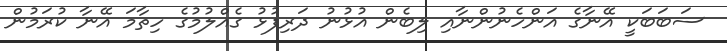
ސަބަބަކީ އޭނާގެ އަންހެނުންނާއި ލިބެން އުޅުނު ދަރިފުޅު ގެއްލުމުގެ ހިތާމަ އޭނާ ކުރަމުން